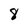
Character: 8